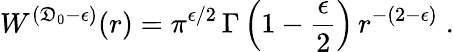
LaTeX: W^{({\mathfrak{D}_{0}}-\epsilon)}(r)=\pi^{\epsilon/2}\, \Gamma\left(1-\frac{{\epsilon}}{{2}}\right)\, r^{-(2-\epsilon)}\; .